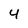
Character: 4